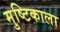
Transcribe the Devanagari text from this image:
मुष्टिकाला